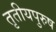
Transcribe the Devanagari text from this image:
तृतीयपुरुष